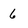
Character: 6